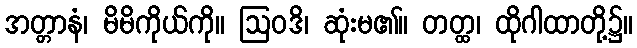
အတ္တာနံ၊ မိမိကိုယ်ကို။ ဩဝဒိ၊ ဆုံးမ၏။ တတ္ထ၊ ထိုဂါထာတို့၌။